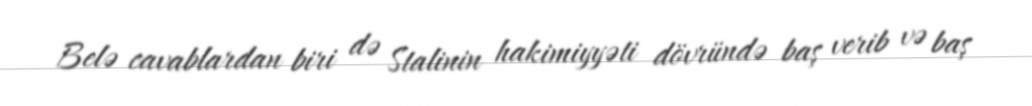
Belə cavablardan biri də Stalinin hakimiyyəti dövründə baş verib və baş